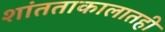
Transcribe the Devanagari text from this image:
शांतताकालातही